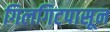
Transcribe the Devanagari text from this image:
गिलगिटपासून